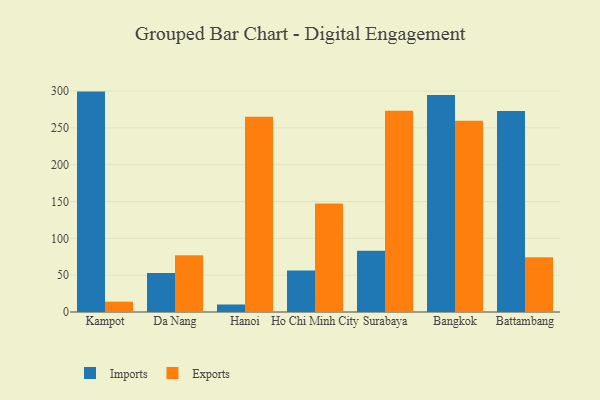
{"axis": {"x": "City", "y": "Energy Usage (MWh)"}, "legend": ["Exports", "Imports"], "data": [{"x": "Kampot", "y": 299.3, "type": "Imports"}, {"x": "Kampot", "y": 14.1, "type": "Exports"}, {"x": "Da Nang", "y": 53.1, "type": "Imports"}, {"x": "Da Nang", "y": 76.9, "type": "Exports"}, {"x": "Hanoi", "y": 10.2, "type": "Imports"}, {"x": "Hanoi", "y": 265.1, "type": "Exports"}, {"x": "Ho Chi Minh City", "y": 56.4, "type": "Imports"}, {"x": "Ho Chi Minh City", "y": 147.3, "type": "Exports"}, {"x": "Surabaya", "y": 83.3, "type": "Imports"}, {"x": "Surabaya", "y": 273.2, "type": "Exports"}, {"x": "Bangkok", "y": 294.6, "type": "Imports"}, {"x": "Bangkok", "y": 259.8, "type": "Exports"}, {"x": "Battambang", "y": 272.9, "type": "Imports"}, {"x": "Battambang", "y": 74.2, "type": "Exports"}]}